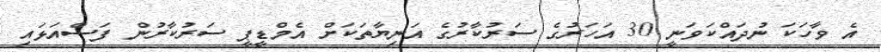
އެ ވާހަކަ ނުދައްކަވަނީ 30 އަހަރުގެ ސަރުކާރުގެ އަނިޔާތަކަށް އެމްޑީޕީ ސަރުކާރުން ފަސްއަޅައި